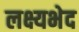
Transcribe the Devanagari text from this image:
लक्ष्यभेद